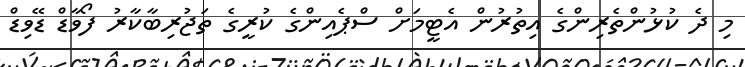
މި ދެ ކުޅުންތެރިންގެ އިތުރުން އެޓީމަށް ސްޕެއިންގެ ކުރީގެ ތަޖުރިބާކާރު ފޯވާޑް ޑޭވިޑް